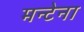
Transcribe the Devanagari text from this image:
मन्टेना